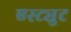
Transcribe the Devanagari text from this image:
एस्ट्युट